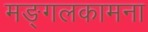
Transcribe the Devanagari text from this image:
मङ्गलकामना